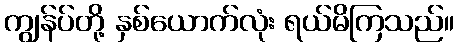
ကျွန်ပ်တို့ နှစ်ယောက်လုံး ရယ်မိကြသည်။